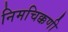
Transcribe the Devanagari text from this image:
निमचिक्कणी